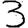
Digit: 3